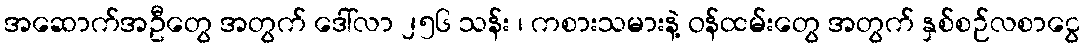
အဆောက်အဦတွေ အတွက် ဒေါ်လာ ၂၅၆ သန်း ၊ ကစားသမားနဲ့ ဝန်ထမ်းတွေ အတွက် နှစ်စဉ်လစာငွေ